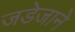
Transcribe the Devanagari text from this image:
जडेजाने